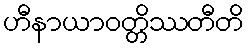
ဟီနာယာဝတ္တိဿတီတိ